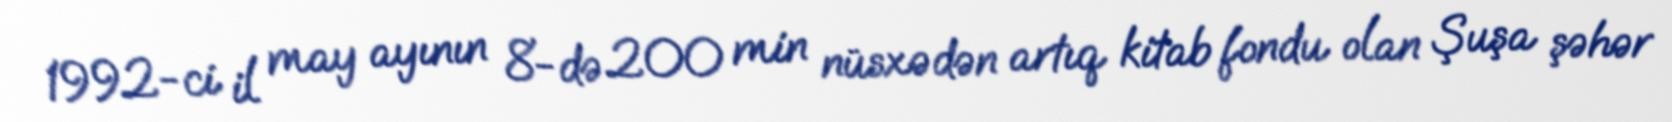
1992-ci il may ayının 8-də 200 min nüsxədən artıq kitab fondu olan Şuşa şəhər